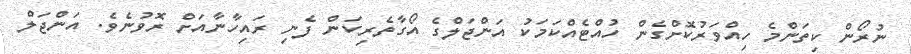
ނުރޯން ކިތަންމެ ހިއްވަރުކޮށްގެން ހުއްޓެއްކަމަކު އަންޖަލްގެ އޯގާތެރިކަން ފެނި ރައިހާނާއަަށް ރޮވުނެވެ. އަންޖަލް